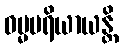
ဓမ္မပရိယာယန္တိ